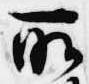
所